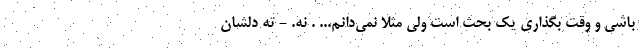
باشی و وقت بگذاری یک بحث است ولی مثلا نمی‌دانم... . نه. - ته دلشان